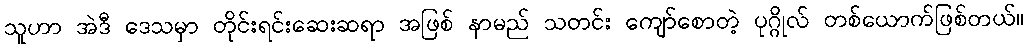
သူဟာ အဲဒီ ဒေသမှာ တိုင်းရင်းဆေးဆရာ အဖြစ် နာမည် သတင်း ကျော်စောတဲ့ ပုဂ္ဂိုလ် တစ်ယောက်ဖြစ်တယ်။